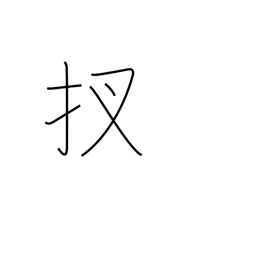
Meaning: now